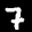
Label: 7